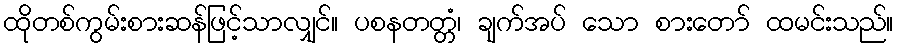
ထိုတစ်ကွမ်းစားဆန်ဖြင့်သာလျှင်။ ပစနတတ္တံ၊ ချက်အပ် သော စားတော် ထမင်းသည်။